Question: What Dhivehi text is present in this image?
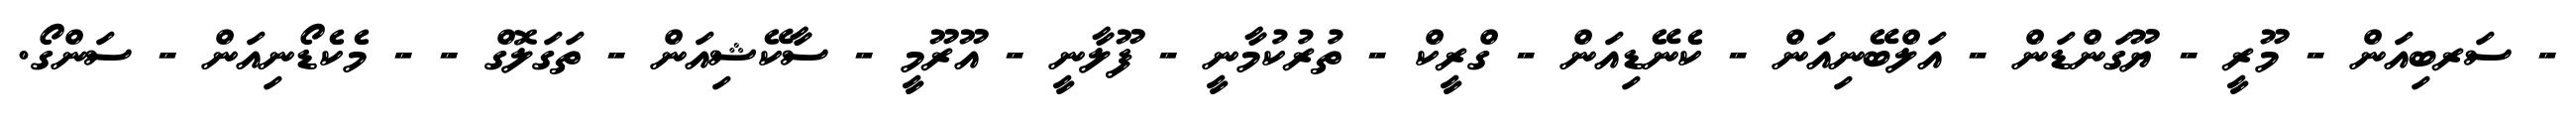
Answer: - ސަރބިއަން - މޫރީ - ޔޫގަންޑަން - އަލްބޭނިއަން - ކެނޭޑިއަން - ގްރީކް - ތުރުކުމާނީ - ފޫލާނީ - އޫރޫމީ - ސާކޭޝިއަން - ތަގަލޮގް - - މެކެޑޯނިއަން - ސަންގޯ.